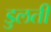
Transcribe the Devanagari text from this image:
डुलती